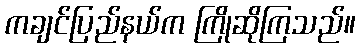
ကချင်ပြည်နယ်က ကြိုဆိုကြသည်။